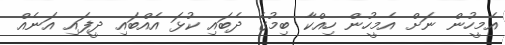
އެމީހުން ނަށް އެމީހުން ހިއްކާ ބިމުގެ ދެބައި ކުޅަ އެއްބައި ދީފައި އަނެއް